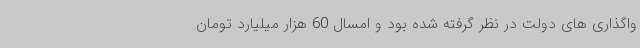
واگذاری های دولت در نظر گرفته شده بود و امسال 60 هزار میلیارد تومان